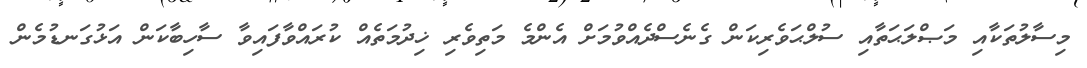
މިސާލުތަކާއި މަޞްލަޙަތާއި ސުލްޙަވެރިކަން ގެނެސްދެއްވުމަށް އެންމެ މަތިވެރި ޚިދުމަތެއް ކުރައްވާފައިވާ ސާހިބާކަން އަޅުގަނޑުމެން